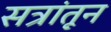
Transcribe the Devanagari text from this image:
सत्रांतून